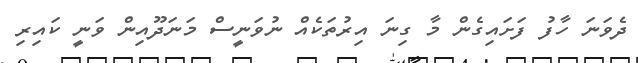
ދެވަނަ ހާފު ފަށައިގެން މާ ގިނަ އިރުތަކެއް ނުވަނީސް މަނަދޫއިން ވަނީ ކައިރި